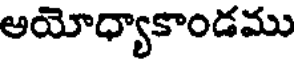
ఆయోధ్యాకాండము